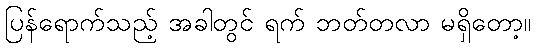
ပြန်ရောက်သည့် အခါတွင် ရက် ဘတ်တလာ မရှိတော့။